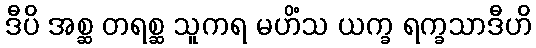
ဒီပိ အစ္ဆ တရစ္ဆ သူကရ မဟိံသ ယက္ခ ရက္ခသာဒီဟိ